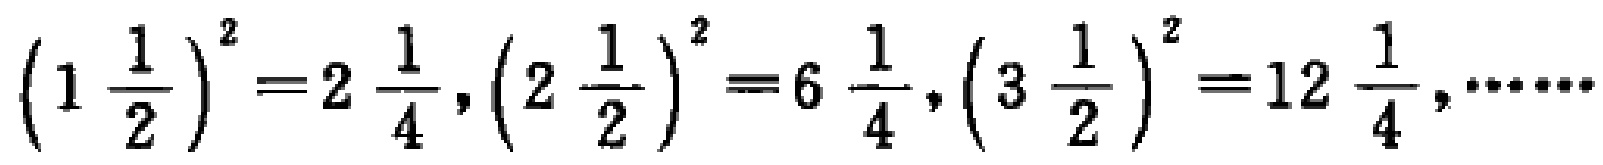
$\left(1\frac{1}{2}\right)^{2}=2\frac{1}{4},\left(2\frac{1}{2}\right)^{2}=6\frac{1}{4},\left(3\frac{1}{2}\right)^{2}=12\frac{1}{4},\cdots\cdots$